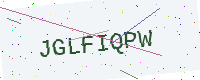
Text: JGLFIQPW